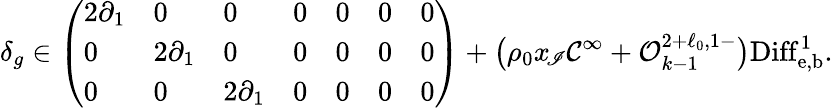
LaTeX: \delta_{g}\in\left(\begin{array}{lllllll}{2\partial_{1}}&{0}&{0}&{0}&{0}&{0}&{0}\\ {0}&{2\partial_{1}}&{0}&{0}&{0}&{0}&{0}\\ {0}&{0}&{2\partial_{1}}&{0}&{0}&{0}&{0}\end{array}\right)+\bigl(\rho_{0}x_{\! \mathscr I}\mathcal C^{\infty}+\mathcal O_{k-1}^{2+\ell_{0},1-}\bigr)\mathrm{Diff}_{\mathrm{e,b}}^{1}.